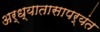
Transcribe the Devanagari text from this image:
अर्ध्यातासापर्यंत